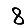
Digit: 8